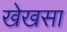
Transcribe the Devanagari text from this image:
खेखसा